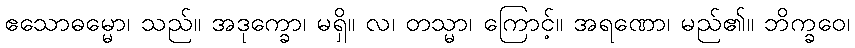
ဧသောဓမ္မော၊ သည်။ အဒုက္ခော၊ မရှိ။ လ၊ တသ္မာ၊ ကြောင့်။ အရဏော၊ မည်၏။ ဘိက္ခဝေ၊